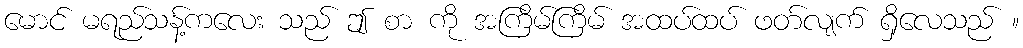
မောင် မရည်သန့်ကလေး သည် ဤ စာ ကို အကြိမ်ကြိမ် အထပ်ထပ် ဖတ်လျက် ရှိလေသည် ။